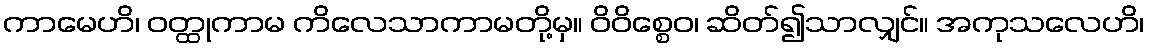
ကာမေဟိ၊ ဝတ္ထုကာမ ကိလေသာကာမတို့မှ။ ဝိဝိစ္စေဝ၊ ဆိတ်၍သာလျှင်။ အကုသလေဟိ၊